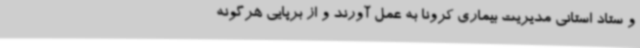
و ستاد استانی مدیریت بیماری کرونا به عمل آورند و از برپایی هرگونه